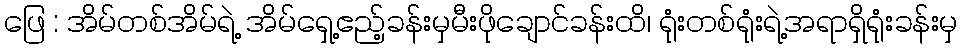
ဖြေ : အိမ်တစ်အိမ်ရဲ့ အိမ်ရှေ့ဧည့်ခန်းမှမီးဖိုချောင်ခန်းထိ၊ ရုံးတစ်ရုံးရဲ့အရာရှိရုံးခန်းမှ